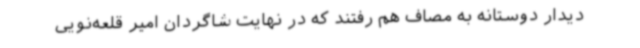
دیدار دوستانه به مصاف هم رفتند که در نهایت شاگردان امیر قلعه‌نویی